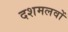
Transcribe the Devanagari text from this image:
दशमलवों